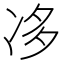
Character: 𠗄